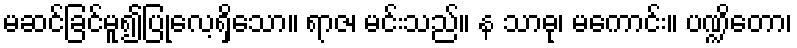
မဆင်ခြင်မူ၍ပြုလေ့ရှိသော။ ရာဇ၊ မင်းသည်။ န သာဓု၊ မကောင်း။ ပဏ္ဍိတော၊